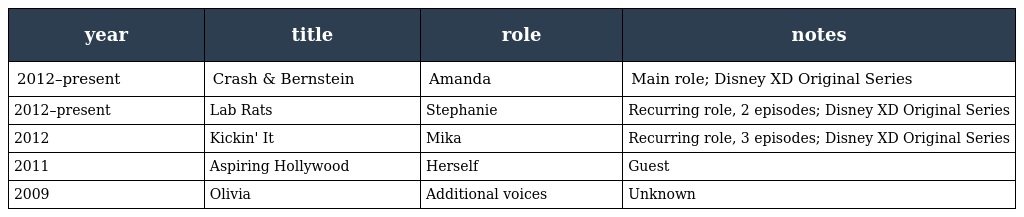
| year | title | role | notes |
 | --- | --- | --- | --- |
 | 2012–present | Crash & Bernstein | Amanda | Main role; Disney XD Original Series |
 | 2012–present | Lab Rats | Stephanie | Recurring role, 2 episodes; Disney XD Original Series |
 | 2012 | Kickin' It | Mika | Recurring role, 3 episodes; Disney XD Original Series |
 | 2011 | Aspiring Hollywood | Herself | Guest |
 | 2009 | Olivia | Additional voices | Unknown |